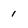
Character: 1